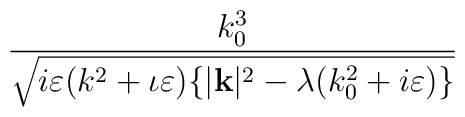
\frac{k_{0}^{3}}{\sqrt{i\varepsilon (k^{2}+\iota \varepsilon )\{|\mathbf{k}|^{2}-\lambda (k_{0}^{2}+i\varepsilon )\}}}